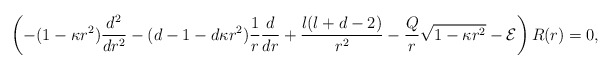
\begin{align*} \left(-(1-\kappa r^2) \frac{d^2}{dr^2} - (d-1-d\kappa r^2)\frac{1}{r} \frac{d}{dr} + \frac{l(l+d-2)}{r^2} - \frac{Q}{r} \sqrt{1-\kappa r^2} - {\cal E}\right) R(r) = 0, \end{align*}